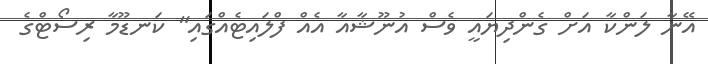
އޭނާ ލަންކާ އަށް ގެންދިޔައީ ވެސް އުނޫޝާއާ އެއް ފްލައިޓެއްގައި" ކަނޑޫމާ ރިސޯޓްގެ